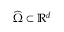
\widehat \Omega \subset \mathbb R ^ { d }